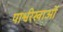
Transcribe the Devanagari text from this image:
पार्श्वरेखाओं